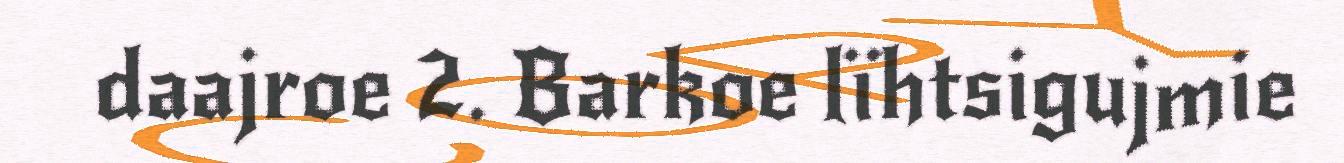
daajroe 2. Barkoe lïhtsigujmie